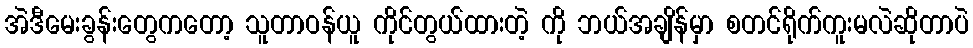
အဲဒီမေးခွန်းတွေကတော့ သူတာဝန်ယူ ကိုင်တွယ်ထားတဲ့ ကို ဘယ်အချိန်မှာ စတင်ရိုက်ကူးမလဲဆိုတာပဲ